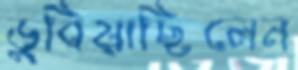
ডুবিয়াছিলেন